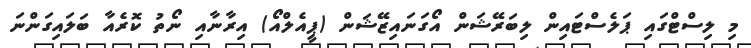
މި ލިސްޓްގައި ޕަލެސްޓައިން ލިބަރޭޝަން އޯގަނައިޒޭޝަން (ޕީއެލްއޯ) އިރާނާއި ނޯތު ކޮރެއާ ބަލައިގަންނަ